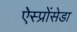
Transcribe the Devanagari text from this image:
ऐस्प्रोंसेडा